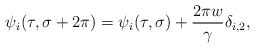
\begin{align*}\psi_i(\tau,\sigma+2\pi)=\psi_i(\tau,\sigma)+\frac{2\pi w}{\gamma} \delta_{i,2},\end{align*}